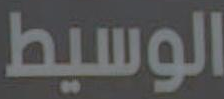
الوسيط